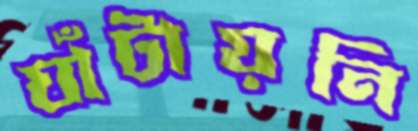
ঘাঁটায়নি